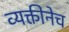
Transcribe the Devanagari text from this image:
व्यक्तीनेच